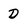
Character: D